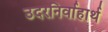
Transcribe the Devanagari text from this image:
उदरनिर्वाहार्थ